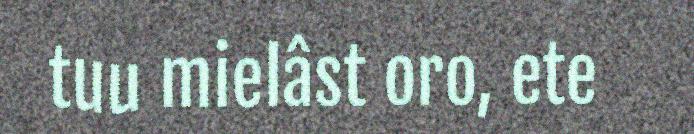
tuu mielâst oro, ete